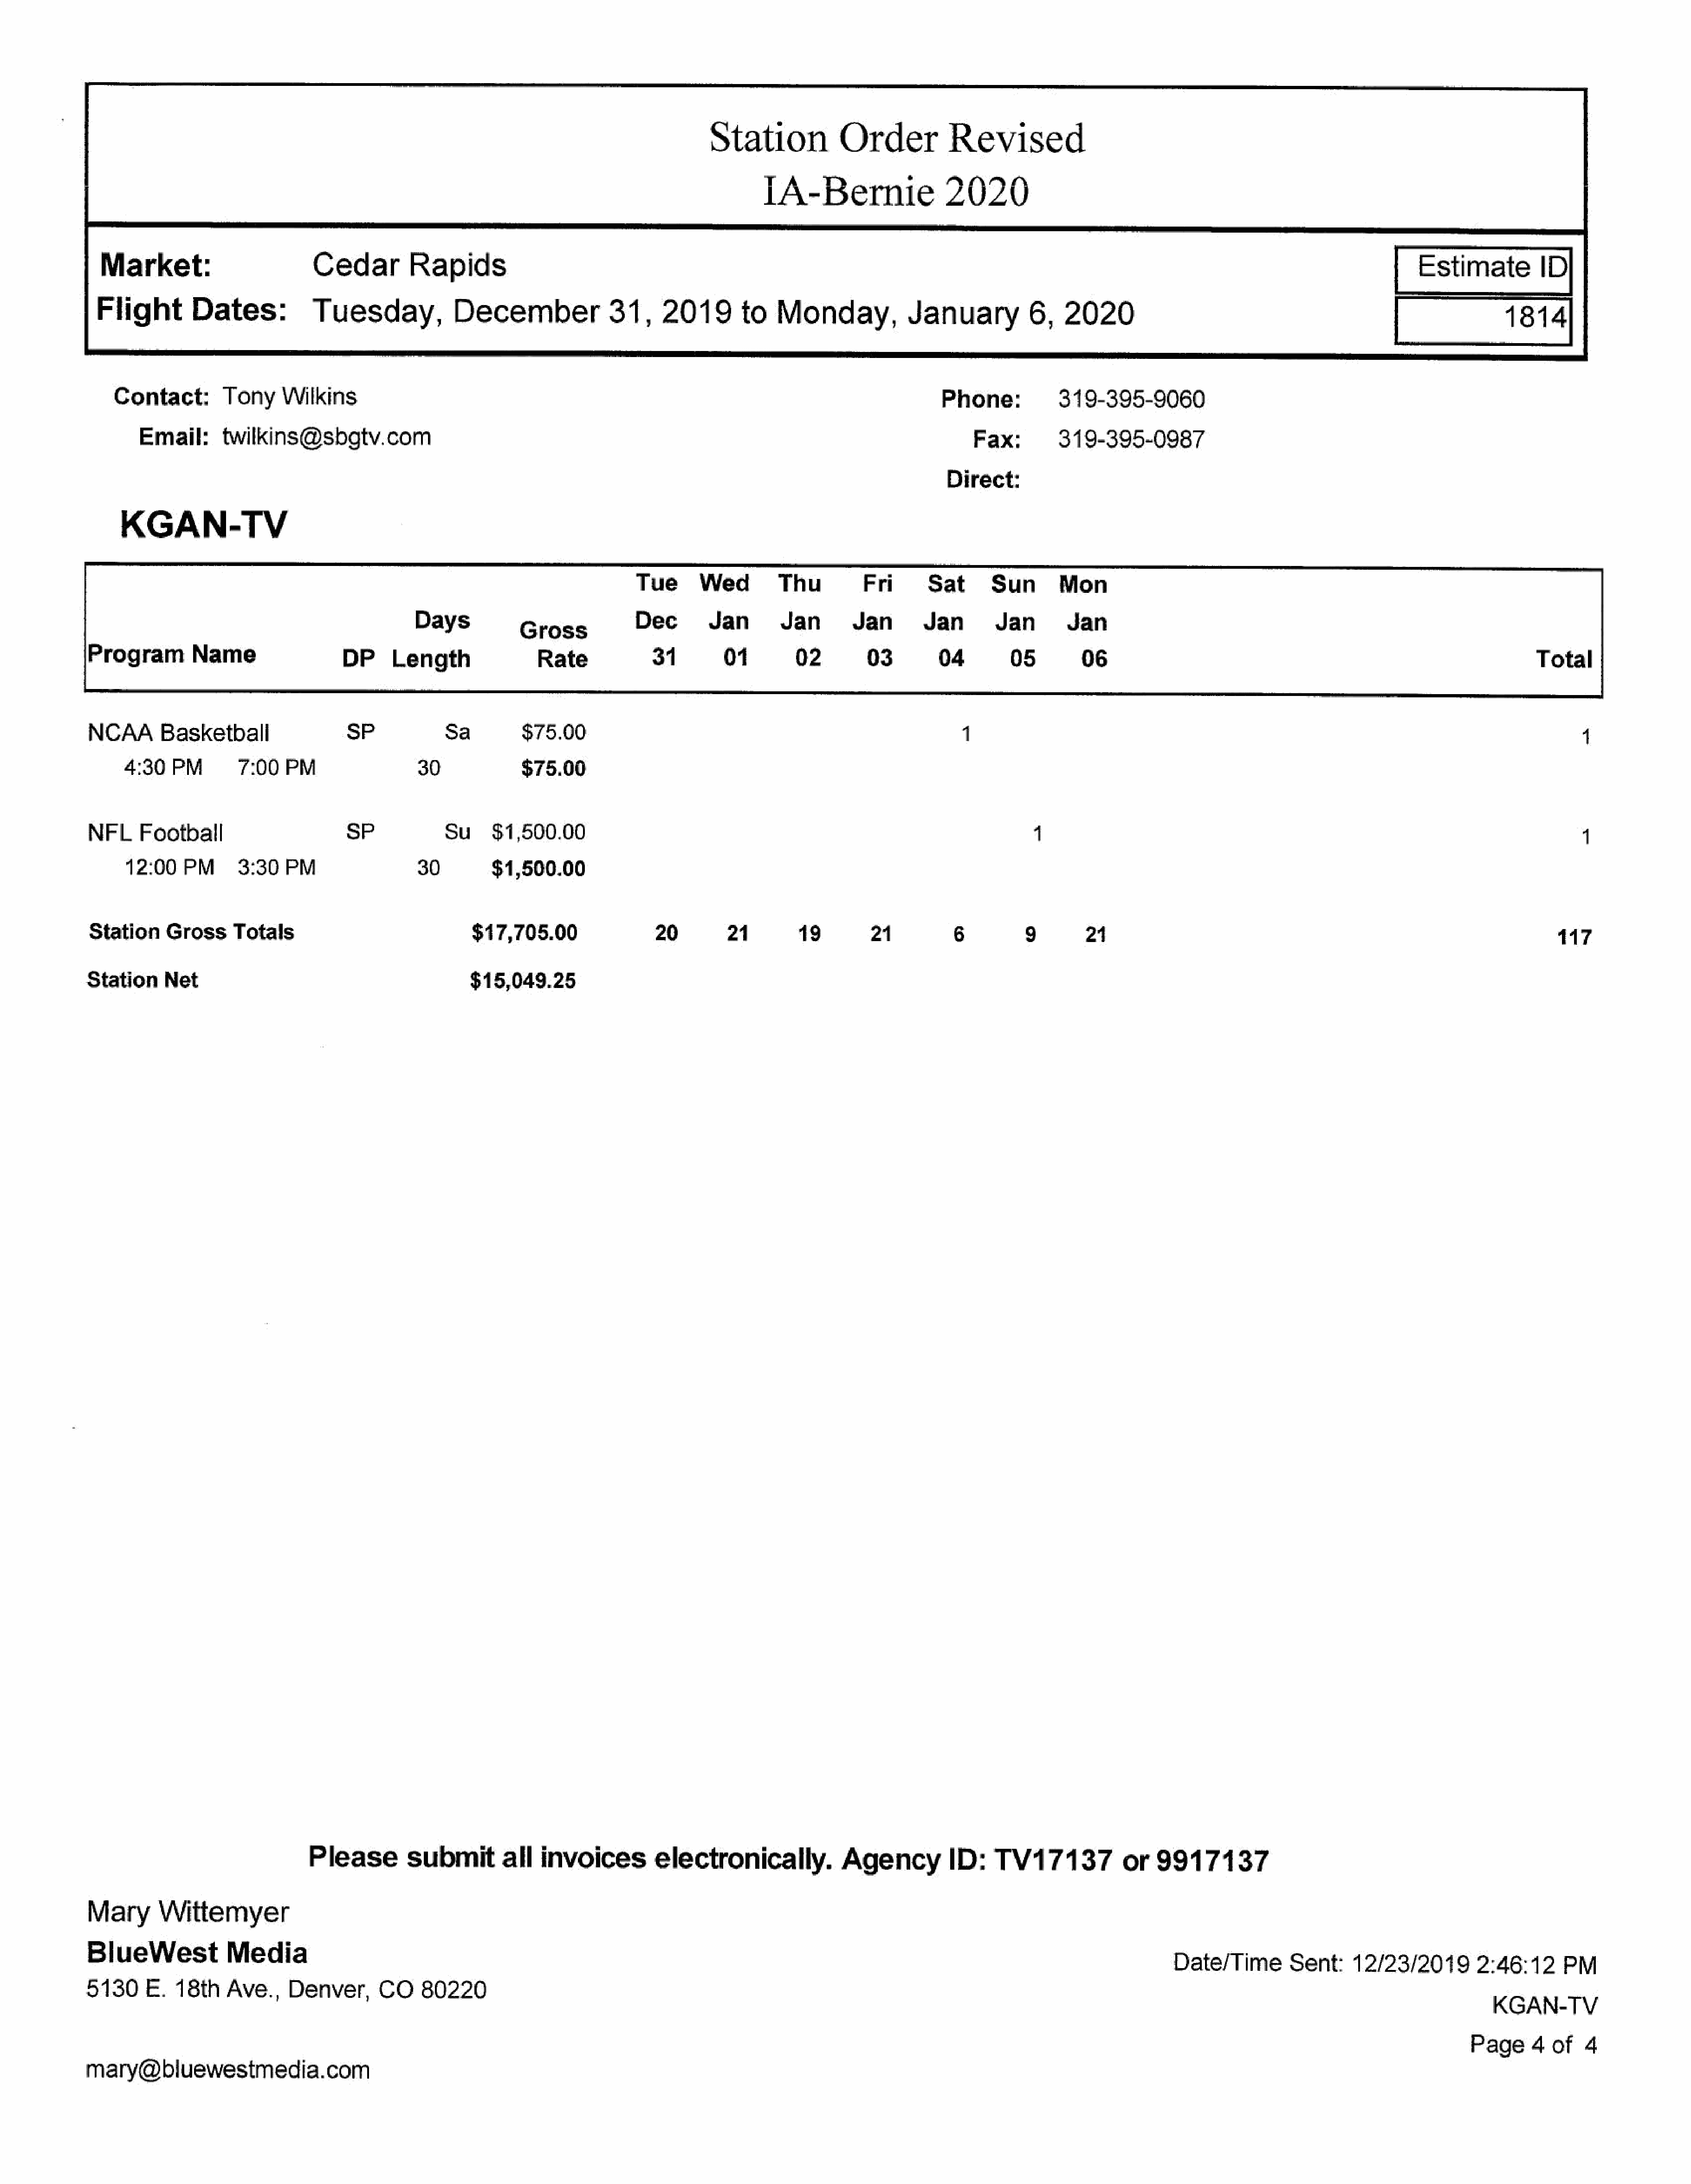
Station            Order          Revised
 TA-Bernie                 2020
 Market:                        Cedar         Rapids
 Flight        Dates:           Tuesday,            December              31,    2019        to   Monday,            January          6,   2020
 Contact:        Tony    Wilkins                                                                                       Phone:           319-395-9060
 Email:      twilkins@sbgtv.com                                                                                         Fax:        319-395-0987
 Direct:
 KGAN-TV
 Days
 Program        Name                 DP     Length
 NCAA      Basketball                 SP            Sa        $75.00                                                         1                                                                                        4
 4:30PM          7:00   PM                 30            $75.00
 NFL    Football                     sP             Su    $1,500.00                                                                    1                                                                              1
 12:00   PM      3:30PM                    30        $1,500.00
 Station    Gross    Totals                            $17,705.00                20         21        19        21          6         9        21                                                                 117
 Station     Net                                        $15,049.25
 Please        submit        all  invoices        electronically.            Agency         ID:    TV17137           or   9917137
 Mary      Wittemyer
 BlueWest            Media
 Date/Time        Sent:    12/23/2019        2:46:12     PM
 5130     E.  18th   Ave.,    Denver,      CO    80220
 KGAN-TV
 Page    4  of   4
 mary@bliuewestmedia.com